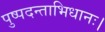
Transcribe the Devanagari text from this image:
पुष्पदन्ताभिधानः।